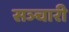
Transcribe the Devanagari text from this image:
सञ्चारी